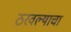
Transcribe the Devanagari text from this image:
ठरवल्याचा